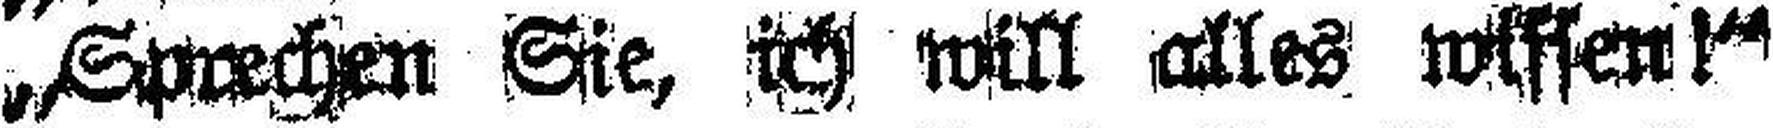
„Sprechen Sie, ich will alles wissen!“